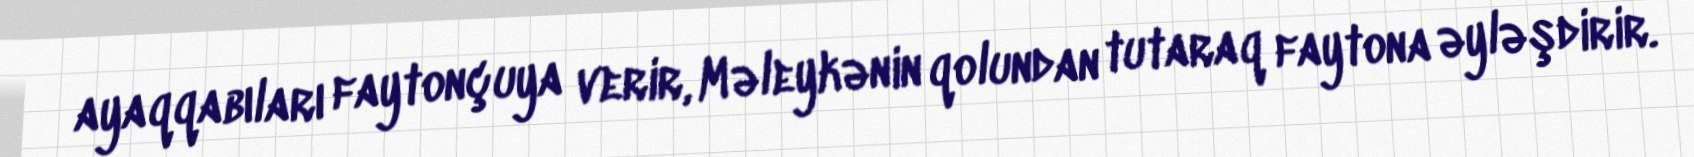
ayaqqabıları faytonçuya verir, Məleykənin qolundan tutaraq faytona əyləşdirir.